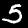
Digit: 5